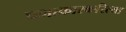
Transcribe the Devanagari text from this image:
चमत्कारकरित्या